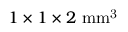
1 \times 1 \times 2 ~ \mathrm { m m ^ { 3 } }